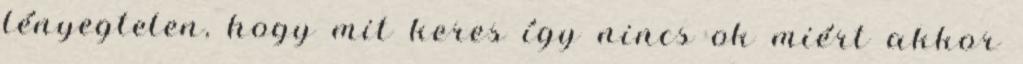
lényegtelen, hogy mit keres így nincs ok miért akkor